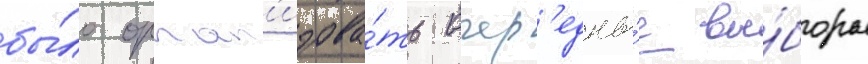
бы́ло орган'изова́ть очер'едны́е вы́боры